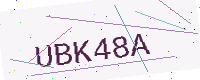
Text: UBK48A